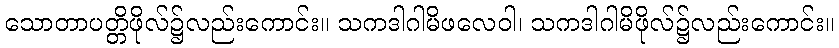
သောတာပတ္တိဖိုလ်၌လည်းကောင်း။ သကဒါဂါမိဖလေဝါ၊ သကဒါဂါမိဖိုလ်၌လည်းကောင်း။